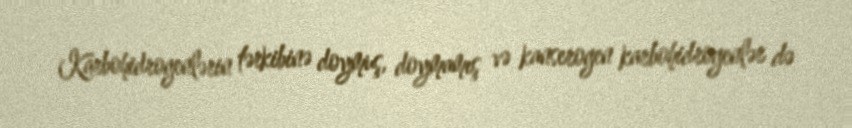
Karbohidrogenlərin tərkibinə doymuş, doymamış və kanserogen karbohidrogenlər də